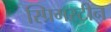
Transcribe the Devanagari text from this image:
स्प्रिगस्टीन